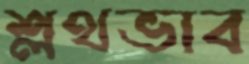
শ্লথভাব